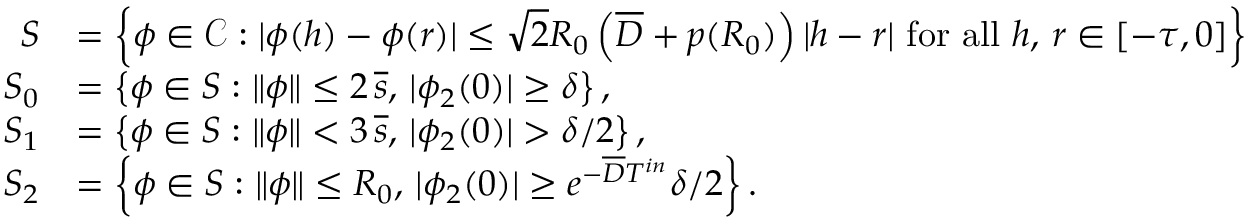
\begin{array} { r l } { S } & { = \left\{ \phi \in \mathcal { C } : | \phi ( h ) - \phi ( r ) | \leq \sqrt { 2 } R _ { 0 } \left( \overline { D } + p ( R _ { 0 } ) \right) | h - r | \mathrm { ~ f o r ~ a l l ~ } h , \, r \in [ - \tau , 0 ] \right\} } \\ { S _ { 0 } } & { = \left\{ \phi \in S : \| \phi \| \leq 2 \, \overline { s } , \, | \phi _ { 2 } ( 0 ) | \geq \delta \right\} , } \\ { S _ { 1 } } & { = \left\{ \phi \in S : \| \phi \| < 3 \, \overline { s } , \, | \phi _ { 2 } ( 0 ) | > \delta / 2 \right\} , } \\ { S _ { 2 } } & { = \left\{ \phi \in S : \| \phi \| \leq R _ { 0 } , \, | \phi _ { 2 } ( 0 ) | \geq e ^ { - \overline { D } T ^ { i n } } \delta / 2 \right\} . } \end{array}